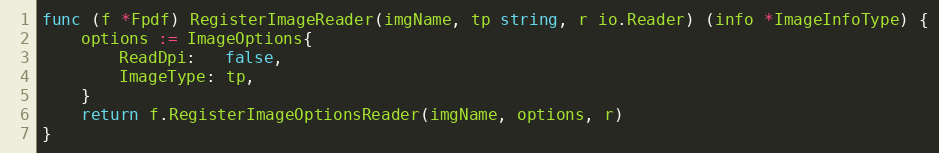
Language: Go
func (f *Fpdf) RegisterImageReader(imgName, tp string, r io.Reader) (info *ImageInfoType) {
	options := ImageOptions{
		ReadDpi:   false,
		ImageType: tp,
	}
	return f.RegisterImageOptionsReader(imgName, options, r)
}